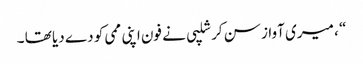
“ ، میری آواز سن کر شلپی نے فون اپنی ممی کو دے دیا تھا ۔